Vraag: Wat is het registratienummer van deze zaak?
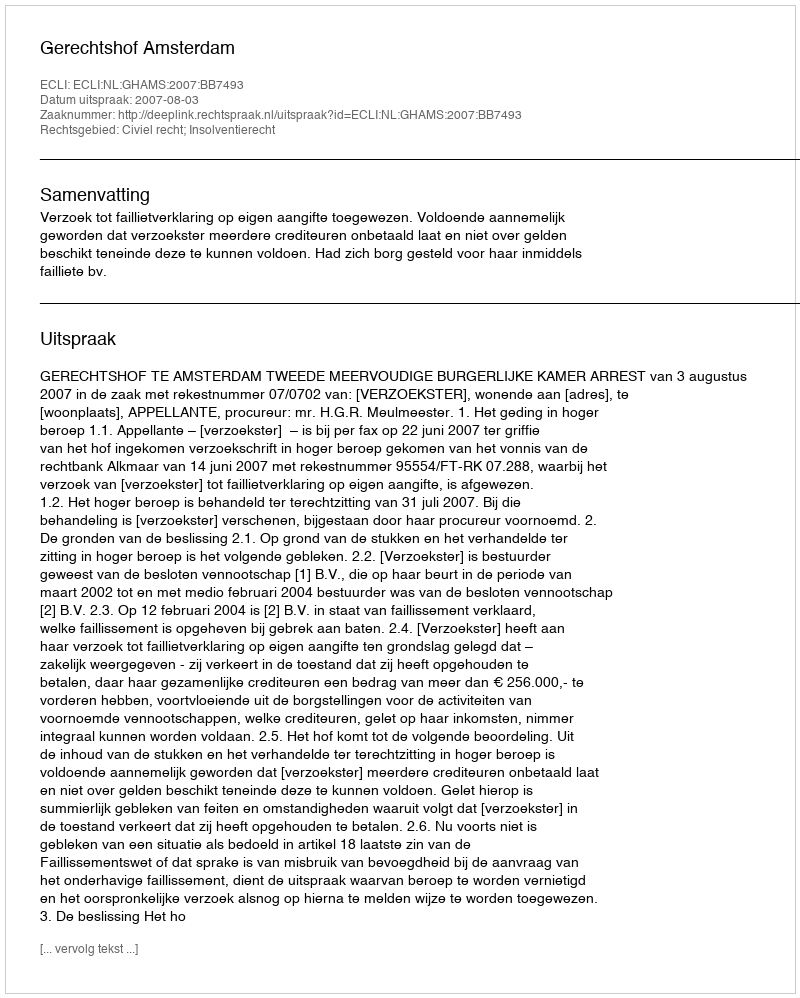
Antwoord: http://deeplink.rechtspraak.nl/uitspraak?id=ECLI:NL:GHAMS:2007:BB7493